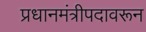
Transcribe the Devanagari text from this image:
प्रधानमंत्रीपदावरून